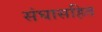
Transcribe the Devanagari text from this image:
संघासहित